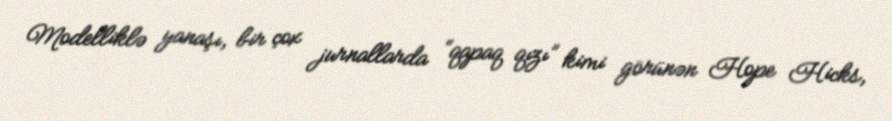
Modelliklə yanaşı, bir çox jurnallarda “qapaq qızı” kimi görünən Hope Hicks,